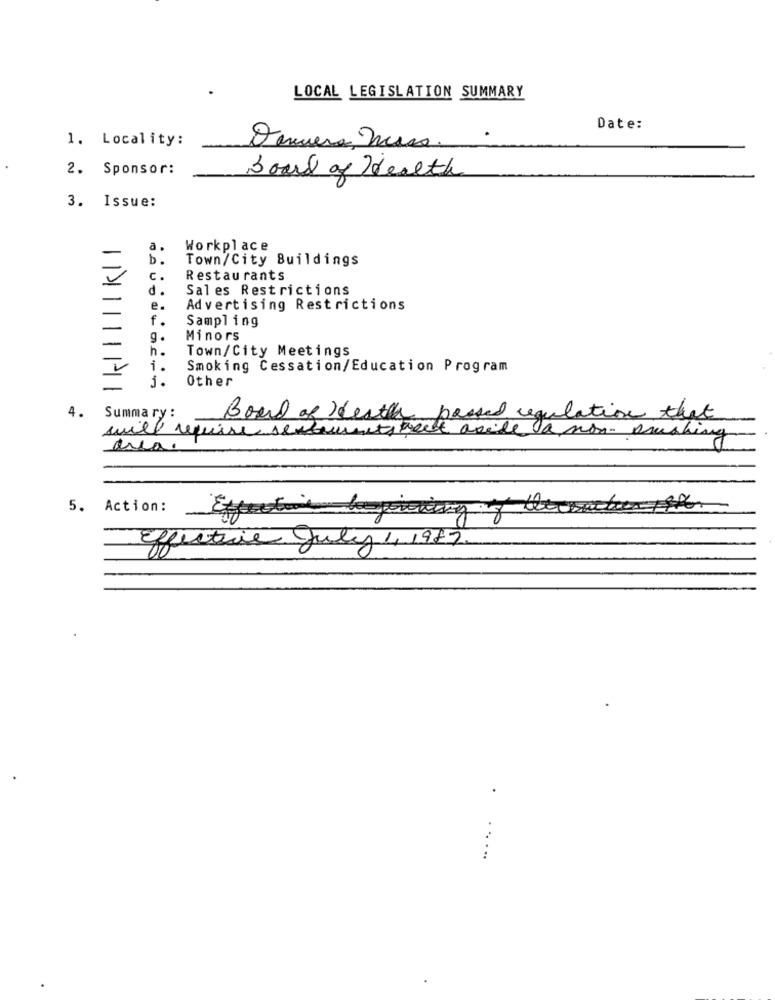
LOCAL LEGISLATION SUMMARY
Date:
1. Locality:
Temuera, Mesas.
2.
Sponsor:
Board of Health
3. Issue:
a.
Workplace
b.
Town/City Buildings
c.
Restaurants
d.
Sales Restrictions
-
-
e.
Advertising Restrictions
f.
Sampling
-
-
g.
Minors
h.
Town/City Meetings
i.
Smoking Cessation/Education Program
1 .
Other
4.
Summary :
Board of death passed regulation that
will require sentiments weet aside a non- pushing
area
5.
Action:
effective July 1, 1987